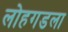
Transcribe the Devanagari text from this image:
लोहगडला